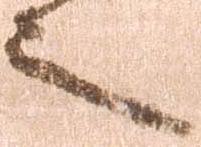
之